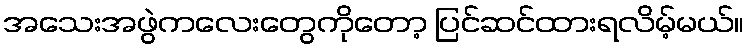
အသေးအဖွဲကလေးတွေကိုတော့ ပြင်ဆင်ထားရလိမ့်မယ်။